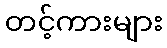
တင့်ကားများ